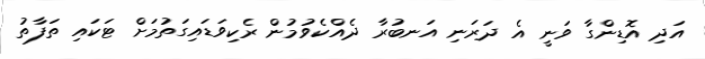
އަދި އޮޑިންގާ ވަނީ އެ ދަރަނި އަނބުރާ ދެއްކެވުމުން ރެކިވަޑައިގަތުމަށް ޓަކައި ތަފާތު